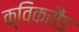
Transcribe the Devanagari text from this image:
क्विकसैंड